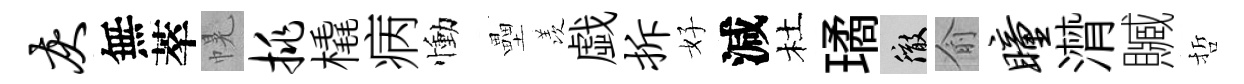
灰無萃幌挑橇病慟壘羡戯拆好減杜璚徹俞瞳潸贓哲